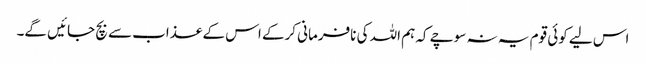
اس لیے کوئی قوم یہ نہ سوچے کہ ہم اللہ کی نافرمانی کرکے اس کے عذاب سے بچ جائیں گے۔